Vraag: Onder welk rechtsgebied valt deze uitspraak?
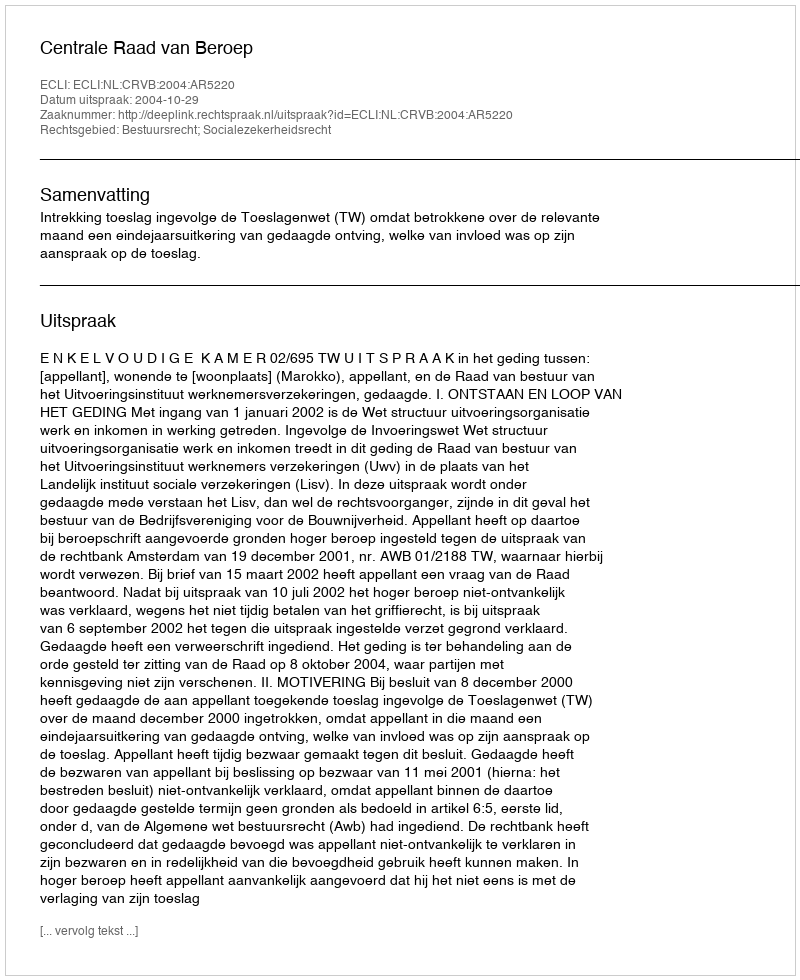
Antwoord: Bestuursrecht; Socialezekerheidsrecht